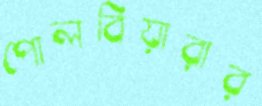
পোলবিয়ারার